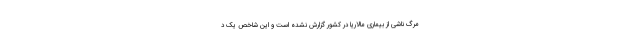
مرگ ناشی از بیماری مالاریا در کشور گزارش نشده است و این شاخص یک د